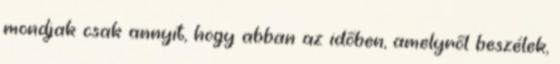
mondjak csak annyit, hogy abban az időben, amelyről beszélek,